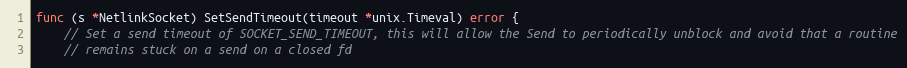
Language: Go
func (s *NetlinkSocket) SetSendTimeout(timeout *unix.Timeval) error {
	// Set a send timeout of SOCKET_SEND_TIMEOUT, this will allow the Send to periodically unblock and avoid that a routine
	// remains stuck on a send on a closed fd